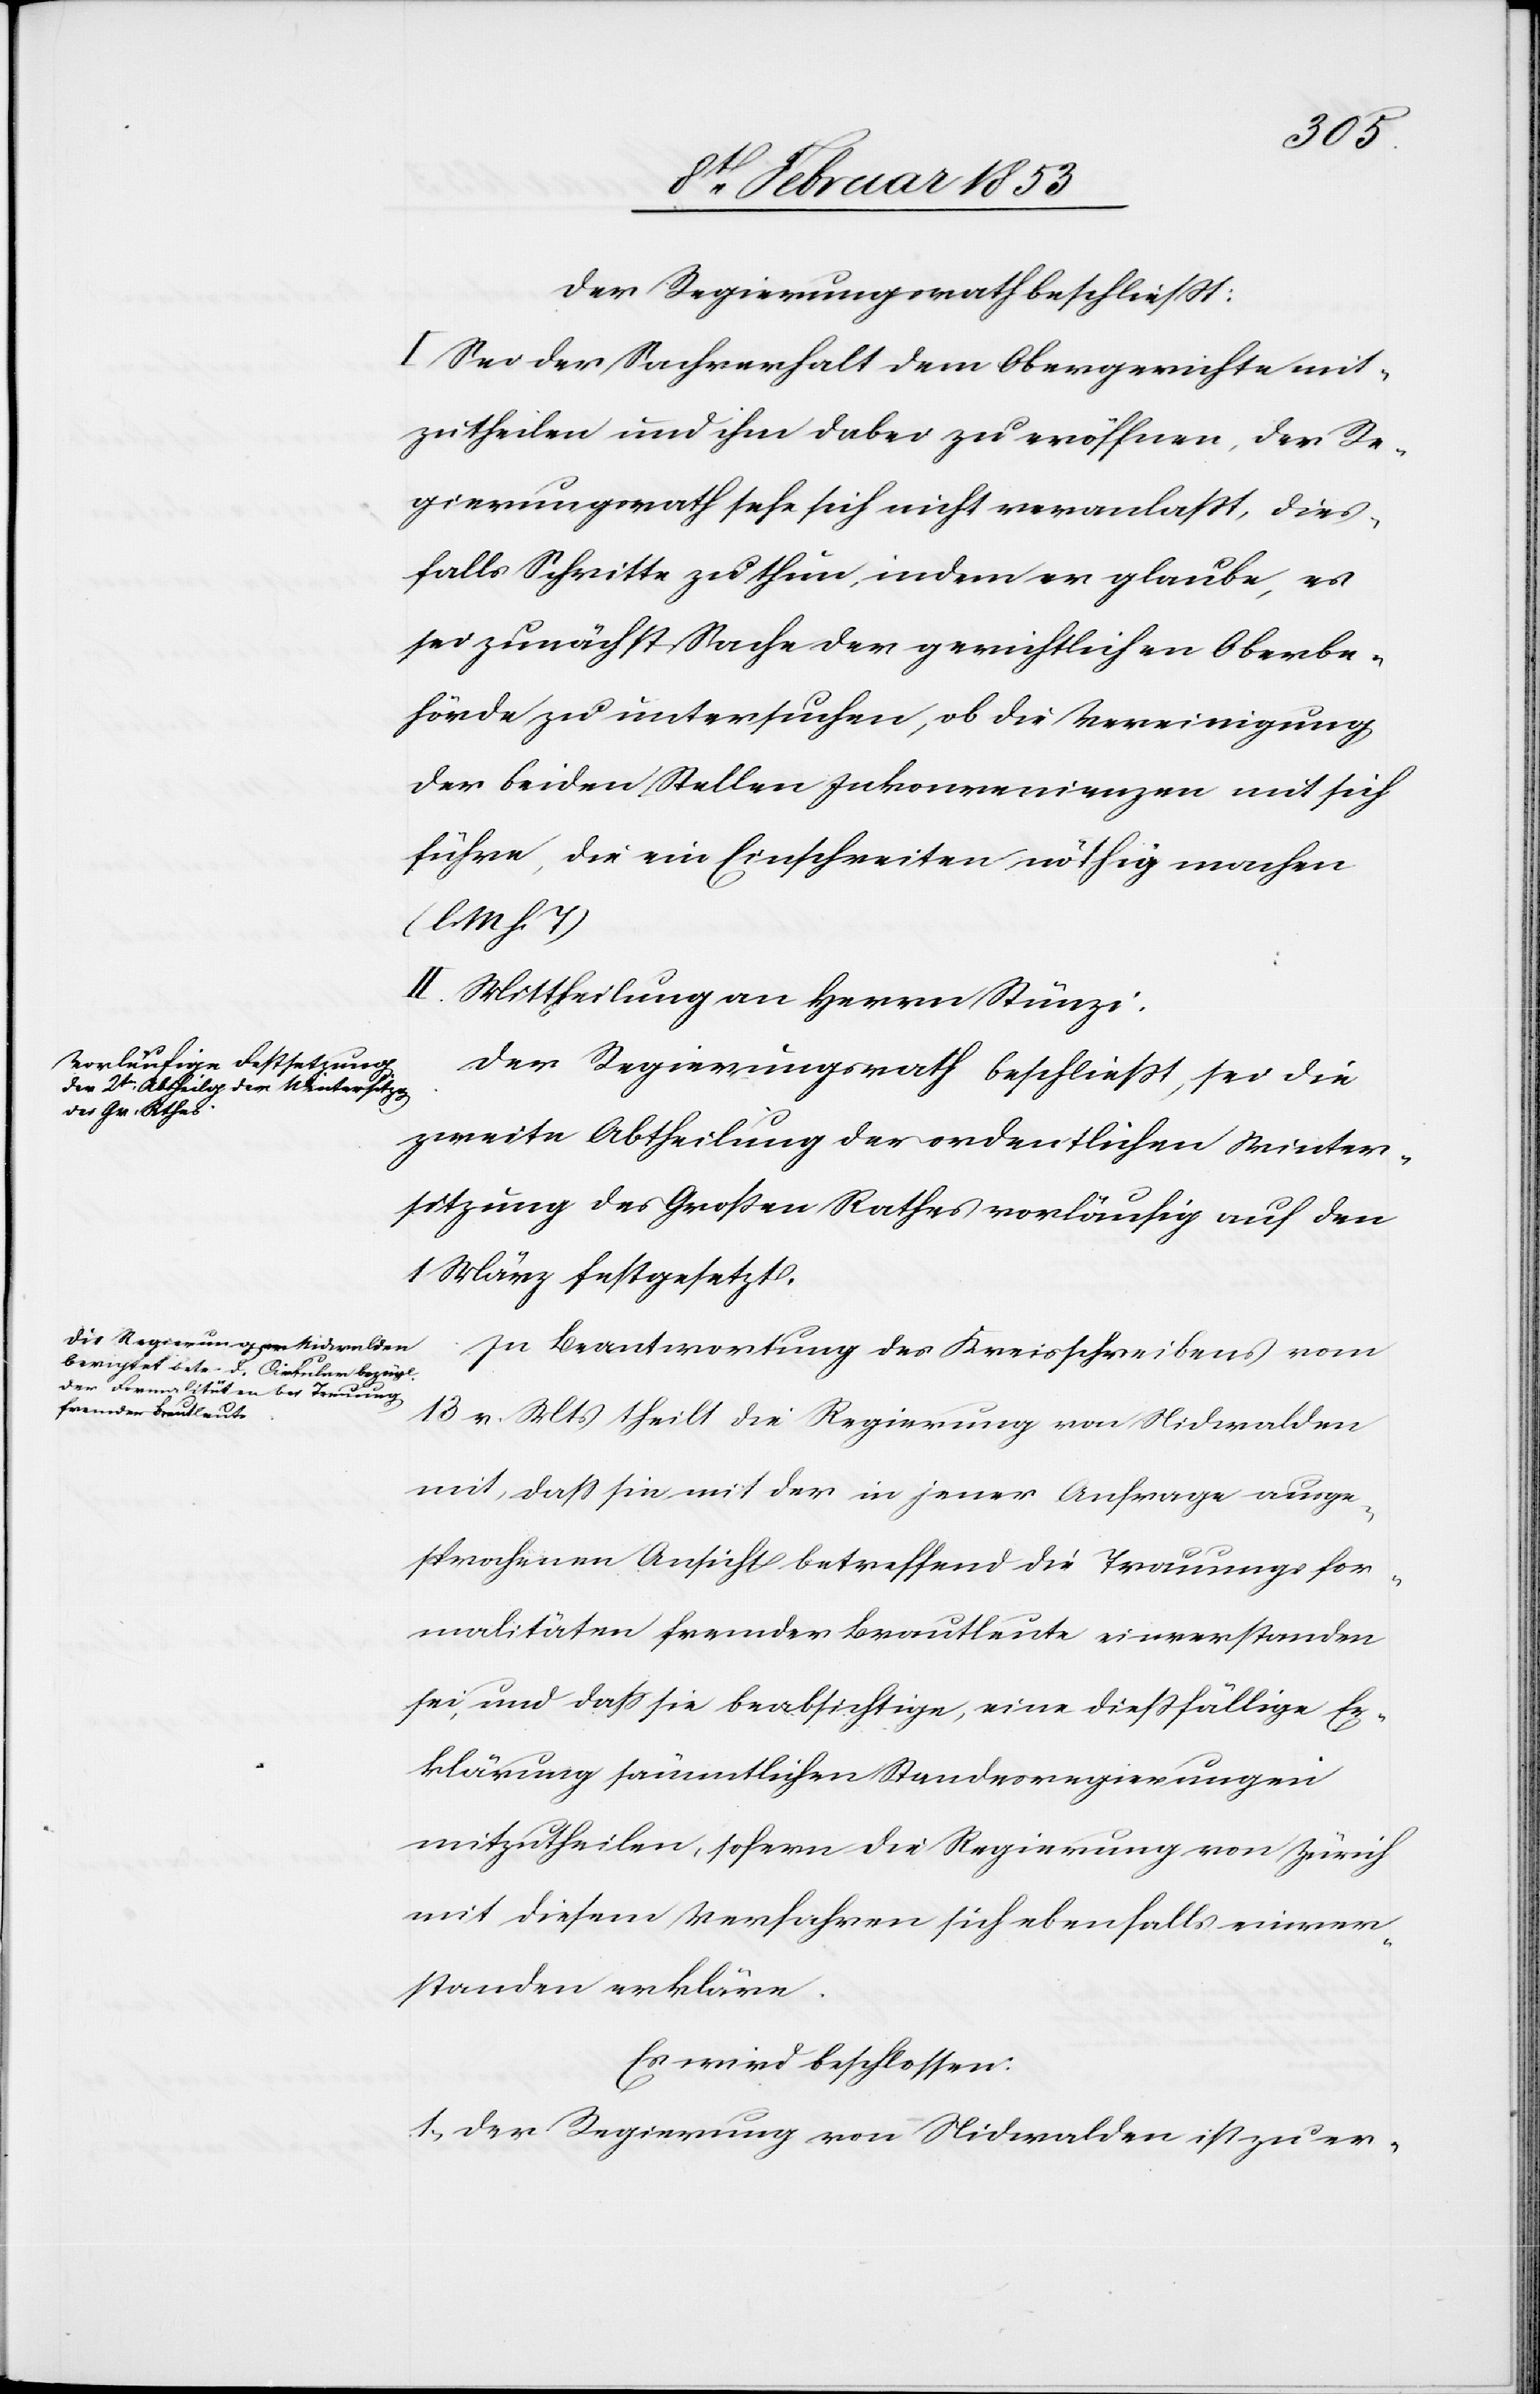
Der Regierungsrath beschließt:
I. Sei der Sachverhalt dem Obergerichte mit¬
zutheilen und ihm dabei zu eröffnen, der Re¬
gierungsrath sehe sich nicht veranlaßt, dies¬
falls Schritte zu thun, indem er glaube, es
sei zunächst Sache der gerichtlichen Oberbe¬
hörde zu untersuchen, ob die Vereinigung
der beiden Stellen Inkonvenienzen mit sich
führe, die ein Einschreiten nöthig machen
[l. M. h. T]
II. Mittheilung an Herrn Stünzi.
Der Regierungsrath beschließt, sei die
zweite Abtheilung der ordentlichen Winter¬
sitzung des Großen Rathes vorläufig auf den
1 März festgesetzt.
In Beantwortung des Kreisschreibens vom
13 v. Mts. theilt die Regierung von Nidwalden
mit, daß sie mit der in jener Anfrage ausge¬
sprochenen Ansicht betreffend die Trauungsfor¬
malitäten fremder Brautleute einverstanden
sei und daß sie beabsichtige, eine dießfällige Er¬
klärung sämmtlichen Standesregierungen
mitzutheilen, sofern die Regierung von Zürich
mit diesem Verfahren sich ebenfalls einver¬
standen erkläre.
Es wird beschlossen:
1, Der Regierung von Nidwalden ist zu er-